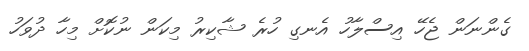
ގެންނަން ޖެހޭ އިސްލާހު އެނގި ހުރެ ޝާކިރު މިކަން ނުކޮށް މިހާ ދުވަހު